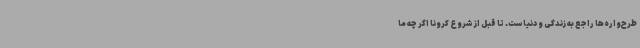
طرح‌واره‌ها راجع به زندگی و دنیاست. تا قبل از شروع کرونا اگر چه ما